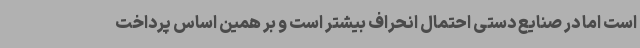
است اما در صنایع دستی احتمال انحراف بیشتر است و بر همین اساس پرداخت